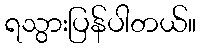
ရသွားပြန်ပါတယ်။